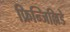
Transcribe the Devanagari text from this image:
फ्रिन्जिल्लिडे